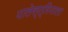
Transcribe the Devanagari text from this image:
पालेस्त्रिनाला